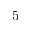
5